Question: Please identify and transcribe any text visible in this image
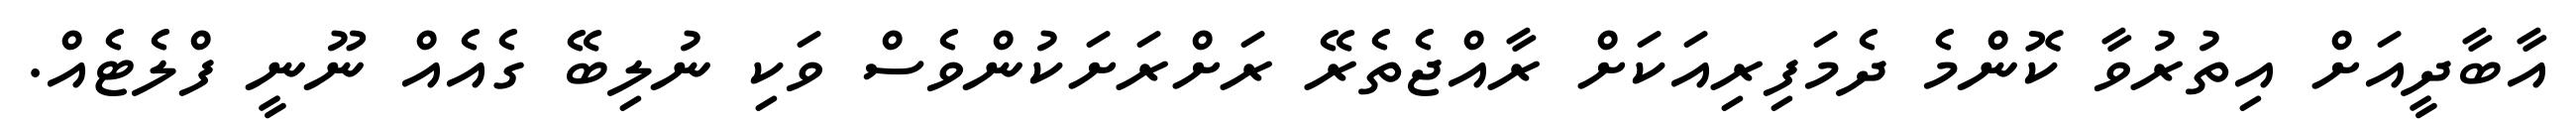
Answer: އާބާދީއަށް އިތުރުވާ ކޮންމެ ދެމަފިރިއަކަށް ރާއްޖެތެރޭ ރަށްރަށަކުންވެސް ވަކި ނުލިބޭ ގެއެއް ނޫނީ ފްލެޓެއް.